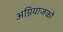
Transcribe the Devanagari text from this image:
अग्नियाजकों